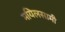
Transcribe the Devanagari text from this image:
मयिलसामी